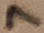
Text: 7